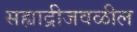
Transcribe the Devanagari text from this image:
सह्याद्रीजवळील